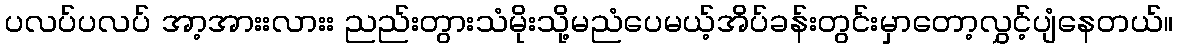
ပလပ်ပလပ် အာ့အားးလားး ညည်းတွားသံမိုးသို့မညံပေမယ့်အိပ်ခန်းတွင်းမှာတော့လွှင့်ပျံနေတယ်။